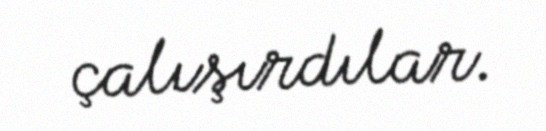
çalışırdılar.